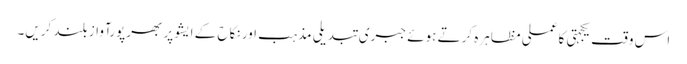
اس وقت یکجہتی کا عملی مظاہرہ کرتے ہوئے جبری تبدیلیِ مذہب اور نکاح کے ایشوپر بھرپورآواز بلند کریں۔